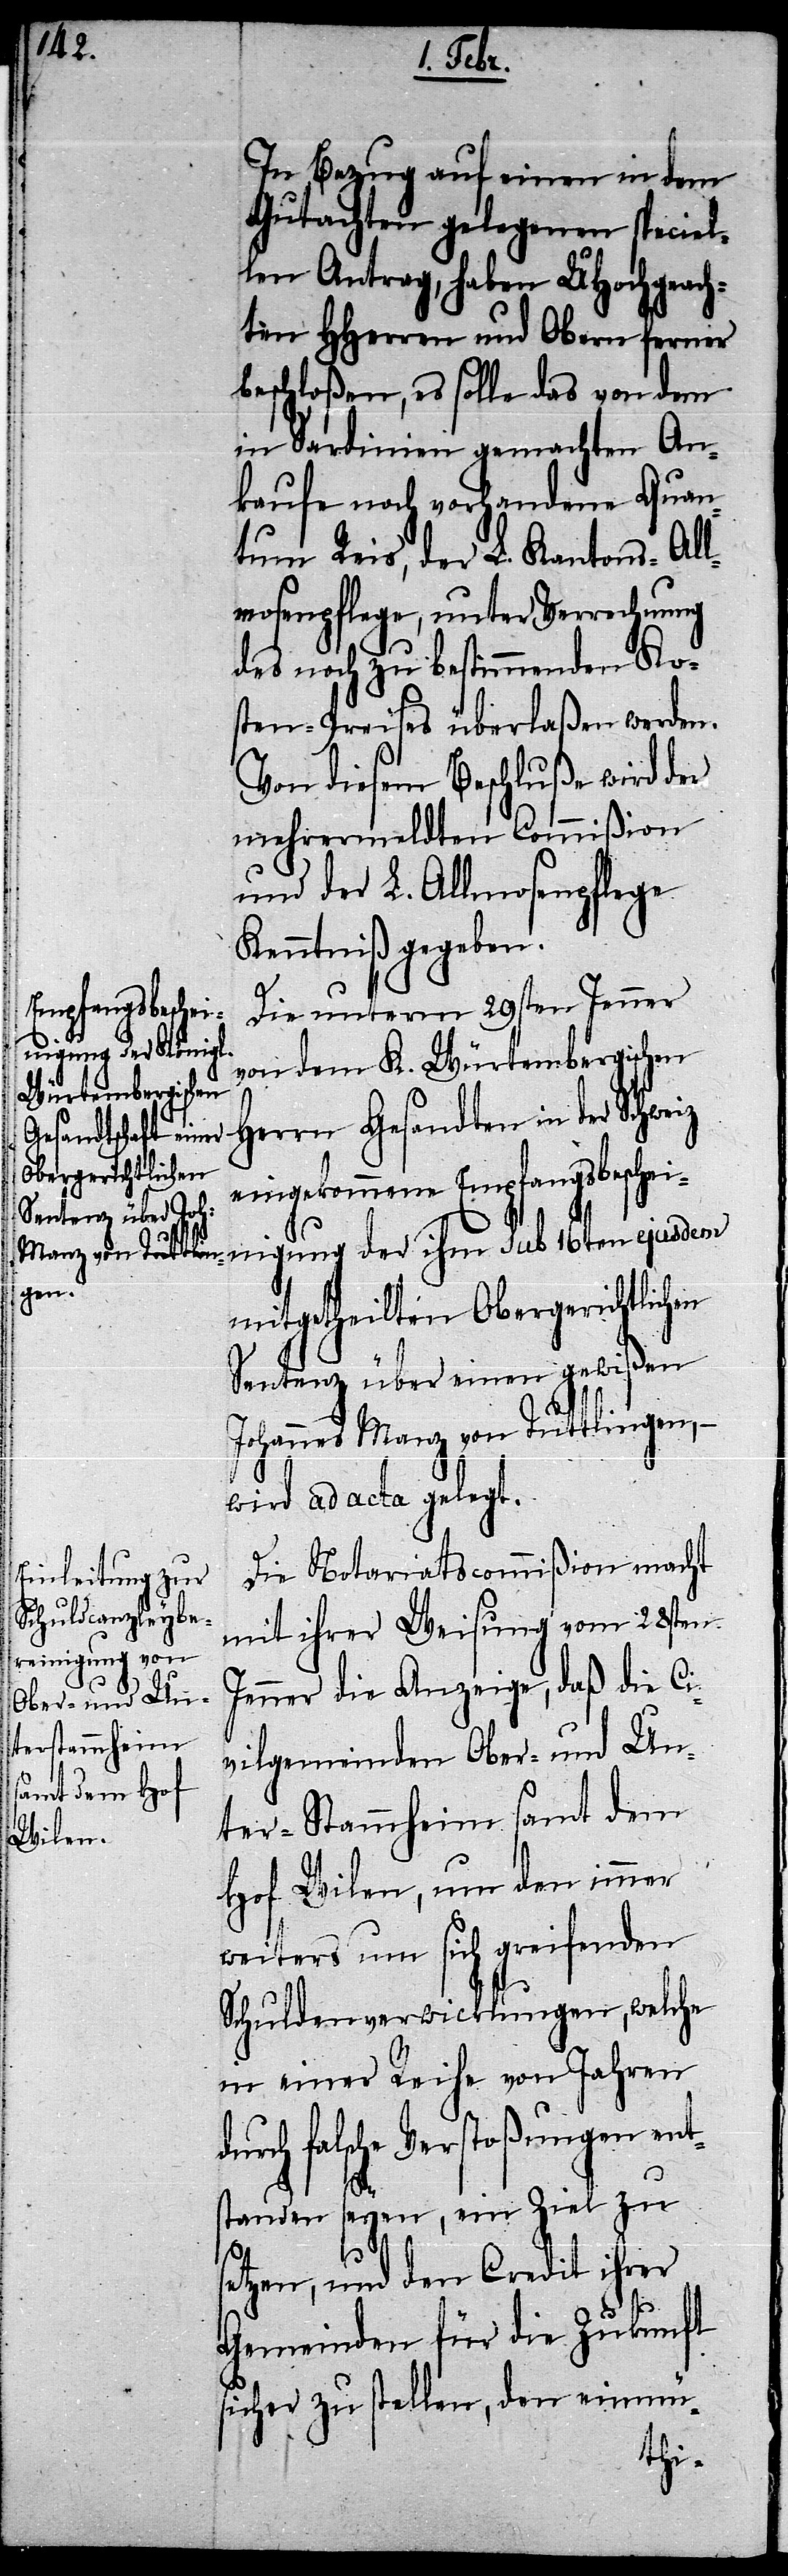
In Bezug auf einen in dem
Gutachten gelegenen speciel¬
len Antrag, haben UHochgeach¬
ten HHerren und Obern ferner
beschloßen, es solle das von dem
in Sardinien gemachten An¬
kaufe noch vorhandene Quan¬
tum Reis, der L. Kantons-All¬
mosenpflege, unter Verrechnung
des noch zu bestimmenden Ko¬
sten-Preises überlaßen werden.
Von diesem Beschluße wird der
mehrermeldten Commißion
und der L. Allmosenpflege
Kenntniß gegeben.
Die unterm 29sten Jenner
nigung der ihm
von dem K. Würtembergischen
Herrn Gesandten in der Schweiz
eingekommene Empfangsbeschei¬
mitgetheilten Obergerichtlichen
Sentenz über einen gewißen
Johannes Manz von Tuttlingen, –
wird ad acta gelegt.
Die Notariatscommißion macht
mit ihrer Weisung vom 28sten
Jenner die Anzeige, daß die Ci¬
vilgemeinden Ober- und Un¬
ter-Stammheim samt dem
Hof Wilen, um den immer
weiters um sich greifenden
Schuldenverwicklungen, welche
in einer Reihe von Jahren
durch falsche Verstoßungen ent¬
16ten
standen seyen, ein Ziel zu
s¬
etzen, und den Credit ihrer
Gemeinden für die Zukunft
sicher zu stellen, den einmü-